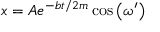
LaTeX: x = A e ^ { - b t / 2 m } \cos \left( \omega ^ { \prime } \right)